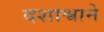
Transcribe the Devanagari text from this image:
दशाश्वाने